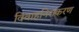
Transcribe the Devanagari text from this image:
विवाहनिराकरण